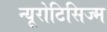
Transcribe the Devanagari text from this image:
न्यूरोटिसिज्म